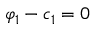
\varphi _ { 1 } - c _ { 1 } = 0